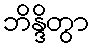
ဘိန္ဒိတွာ